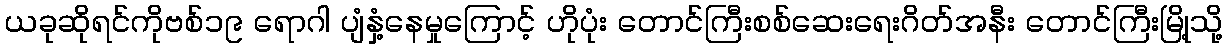
ယခုဆိုရင်ကိုဗစ်၁၉ ရောဂါ ပျံနှံ့နေမှုကြောင့် ဟိုပုံး တောင်ကြီးစစ်ဆေးရေးဂိတ်အနီး တောင်ကြီးမြို့သို့